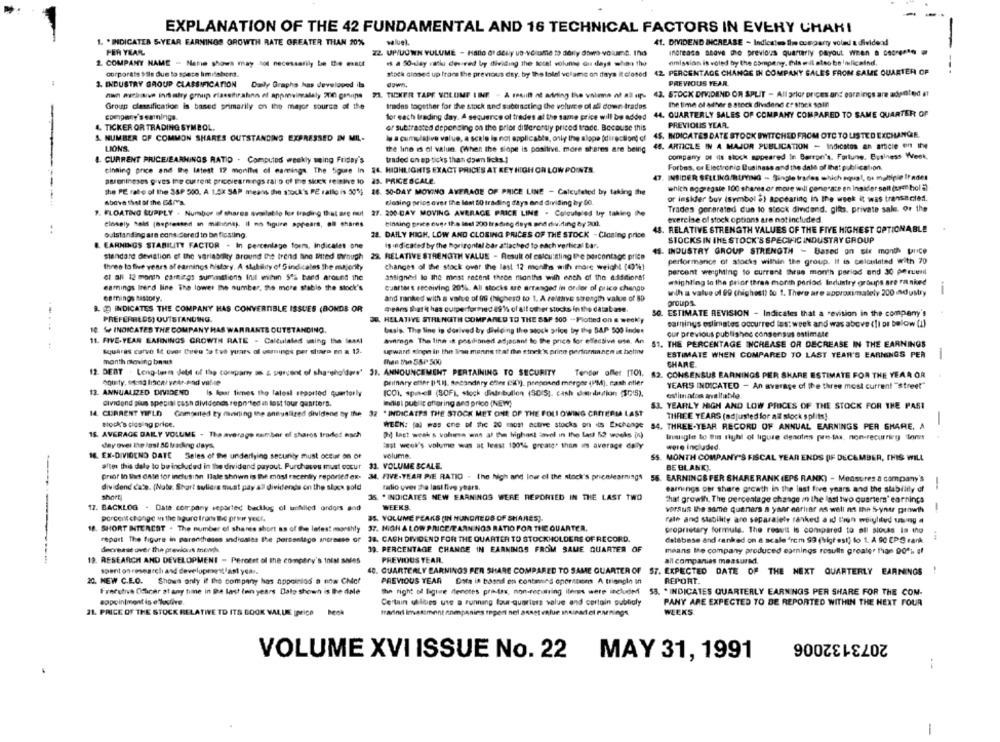
EXPLANATION OF THE 42 FUNDAMENTAL AND 16 TECHNICAL FACTORS IN EVERY CHARI
1. * INDICATES 5-YEAR EARNINGS GROWTH RATE GREATER THAN 20%
saluel.
41. DIVIDEND INCREASE - Indlestem Ilme cumparty vole a dividend
PER YEAR
22. UP/DOWN YULUME - Hallo of delly un volume to dolly Stwo -volume. Ind
Increase above the previous quarterly payout when & coorgeln
2. COMPANY NAME - Name shows may sol necessarily be the exact
es a 50-day ratku des-red by dividing the socat volunte ou days when the
omission is voted by the company. this oil also be 'milicaind.
corporate tils due to space limitsbons.
shota closed up frona the previous day. by the total volume on days iclosed 42 PERCENTAGE CHANGE IN COMPANY SALES FROM SAME QUARTER OF
PREVIOUS YEAR
3. INDUSTRY GROUP CLASSIFICATION Daily Graphs has developed ils
down.
nw wehave innmiry group riasetrafına of anpmwinalaty 200 genuine
21. TICKER TAPE VOLUME IIE - A seuilt af adding the volna of al up-
43. STOCK DIVIDEND ON SPLIT - All arior prices and earnings are adposted at
The time of adher @ stock dividend co stock soin
Group classification is based primarily on the major source of the
trades together for the stock and subtracting the volume of all down-trades
cDenpeny's earnings.
for each trading day. A sequence of trades al the same price will be added
44. QUARTERLY SALES OF COMPANY COMPARED TO SAME QUARTER OF
4. TICKER OR TRADING SYMBOL.
er subtracted depending on the prior differently priced trade. Because this
PREVIOUS YEAR.
45. INDICATES DATE STOCK BWITCHED FROM OTC TO LISTED EXCHANGE.
S. NUMBER OF COMMON SHARES OUTSTANDING EXPRESSED IN MIL-
w a cumulative value, a scale is not applicable, only the alope (directiont of
LIONS.
the line es ol value. (when the slope is posilive. more shares are being
48. ARTICLE IN A MAJOR PUBLICATION - Indicios an article en ine
company of ils slock appeared In Barron's. Fortune, Business Week,
4. CURRENT PRICEJEARNINGS RATIO . CompLied weekly using Friday's
traded on ep ticks than dawn licks 1
eining price and the latest 12 months el camings. The figure in 24. HIGHLIGHTS EXACT PRICES AT REY HIGH OR LOW POINTS.
Forbes, or Electronic Business and the date of the: publication.
47. INSIDER SELLING/BLIVING - Single trarles which equal, or multiple Ifades
aaronineses gives the current propiearnings ral:o of the skek reisthe lo 25. PRICE SCALE.
the PE rate of the 38P 500. A 1.5X SAP means the sxx&'s PE rallo is 50%) 16. 50-DAY MOVING AVERAGE OF PRICE LINE - Calculated by taking the
which aggregate 100 shares or more will generate en insider sell (aym hol a)
Above that of the EA/S.
closing prios over the last 50 trading days and dividing by 50.
or insider bay (symbol $) appearing In the week it was transacted.
". FLOATING SUPPLY . Number of shares avostablo for trading that are mut
27. 200-BAY MOVING AVERAGE PRICE LINE . Colculwled by taking the
Trades generated due to stock dividend. gifts. private sale. or the
einting prite due. the led 200 trading days and dividing by 200.
exercise of stock options are not included.
elnesly Balls (expressed in millione). il no tigure appears, all shares
48. RELATIVE STRENGTH VALUES OF THE FIVE HIGHEST OPTIONABLE
Outstanding are considered in bn floating.
28. DAILY HIGH, LOW AND CLOSING PRICES OF THE STOCK - Closing price
LEARNINGS STABILITY FACTOR - In percentage form, indicales one
is indicated by the horizontal bar attached to each vertical bar.
SIOCKS IN THE STOCK'S SPECIFIC INDUSTRY GROUP
49. INDUSTRY GROUP STRENGTH - Based on six month price
standard deviation of the variasmly around the trend line tired through 29. RELATIVE STRENGTH VALUE - Result of calcu:sling the percentage price
performance of stocks within the group. It is calculated with 70
three to five years of earnings history. A stability of Sindicales the majority
changes of the stock over the last 12 months with more weight ((%)
percent weighting to current thras mon'h period and 30 percent
of all 12 month carizgs summilions Inil wifin Sta band around the
assigned lo the most recent three months with enth of the additionsf
wsighting in the prior three month period Industry groups are ranked
eamings trend line The lower the number, the more stable the stock's
Guarters receiving 20%. All stocks are arranged in order of price chango
osmings history.
and ranked with s value of isi (highest to 1. A relative strength value of BD
with a value of 99 (highest) to 1. There are approximately 200 industry
groups.
B. D) INDICATES THE COMPANY HAS CONVERTIBLE ISSUES (BONDS OR
means that' has cuiperformed 89' of all other stocks in the database.
30. ESTIMATE REVISION - Indicates that a revision in the company's
...
PREFERREDS) OUTSTANDING.
& RELATIVE STRENGTH COMPARED TO THE S&P 500 +Plotted on a weck y
earnings estimates occurred last week and was above (li or below (!)
10. We INDICATES THE COMPANY HAS WARRANTS OUTSTANDING.
basis. The line is derived by dieleing the stock price by the SAP 500 index
our previous publishnc consensus ostimale
11. FIVE-YEAR EARNINGS GROWTH RATE - Calculalad using the lendi
average The linn it posihoned adjacent to the price for effective use. An
51. THE PERCENTAGE INCREASE OR DECREASE IN THE EARNINGS
Squares curvo It over Careu 2a tuo years of ourings per share m a 12.
upward singe in the line manns that the stoek's pring performanen in het
ESTIMATE WHEN COMPARED TO LAST YEAR'S EARNINGS PER
-
month moving basis
than the 55P 500
CHANE.
12. DEBT . Long-term debl of the company as & percent of shareholders' 31. ANNOUNCEMENT PERTAINING TO SECURITY
Tender aller [101. 82. CONSENSUS EARNINGS PER SHARE ESTIMATE FOR THE YEAR OR
Anuity, fond fiscal year-pod value
primary efter [II], secandiary etter (in)). preponnd mneghe (UM). cash offer
YEARS INDICATED - An average of the three most current "street"
13. ANNUALIZED DIVIDEND Is four times the latest reported quarterly
(CO), spatell (SOFI, stock diinballon (5015). cash derbution (3515).
estimados anveltable
dividend plus special cash dividends repn fed in last four Quarters.
willst public offering and price (NEW)
$3. YEARLY HIGH AND LOW PRICES OF THE STOCK FOR THE PAST
14 CURRENT YIELD Gomosted by marting the annualized dividend by the 32 * INDICATES THE STOCK MET ONE OF THE FOLLOWING CRITERIA LAST
THREE YEARS (adjusted for ai slock splits !.
stock's closing price.
WEEK: (a) was one of the 20 most active stocks on its Exchange
-
84. THREE-YEAR RECORD OF ANNUAL EARNINGS PER SHARE. A
18. AVERAGE DAILY VOLUME - The average number el sharos fradet esch
Di last week's volume wns af P highont Sovel in the Last 52 weeks in)
Inmagle to Bin right of ligure denotes pre-tas. non-recurrirg Ions
day over the last 50 trading days,
last week's volume was at least 150% greater than its average daly
were included.
16. EX-DIVIDEND DATE Seles of the underlying security must occur on of
volume.
5. MONTH COMPANY'S FISCAL YEAR ENDS OF DECEMBER, THIS WILL
after this dale lo bu included in the dividend puyout. Purchases must occur 31. VOLUME SCALE.
BE BLANK).
prior In Fact date for inclus:fin Ilale shown is the most recently reported ox- 34. FIVE-YEAR PIE RATIO - the high and low of the stock's prenlearning*
56. EARNINGS PER SHARE RANK (EPS RANK) - Measures a company's
dividend cate. (Nabr. Shart sulle/a must pay &" dividends on the slack pold
radio over the last five years.
earnings per share growth in the last five years and the stability of
-
short
35. * INDICATES NEW EARNINGS WERE REPORTED IN THE LAST TWO
that growth, The percentage change in the last two quarters" earnings
17. BACKLOG . Date company separted backlog ol trfiled orders and
WEEKS.
voraus the same quaners a yaar efrisar as well as Ihn S-ynur growth
porcent change in the agure from Be pro yecr.
35. VOLUME PEAKS (IN HUNDREDS OF SHARES).
rate and stability are separalelr ranked a Id t'en weiglited using #
18. SHORT INTEREST . The number of shares short as of the latest monthly 37. HIGH & LOW PRICE/EARNINGS RATIO FOR THE QUARTER.
proprietary formule. The result is compared to all stocks In the
report The figure in parentheses indicates the percentage anormese of 38. CASH DIVIDEND FOR THE QUARTER TO STOCKHOLDERS OF RECORD.
Celabase and ranked on a scale "rom 99 (krigfest] lo 1. A 90 CPS rank
decrease over the previous mewh.
39. PERCENTAGE CHANGE IN EARNINGS FROM SAME QUARTER OF
means the company produced earnings results greater fran 90% of
19. RESEARCH AND DEVELOPMENT - Perotet ol the company's total sales
PREVIOUS YEAR.
all companies measured.
spent on research and developmentlast year.
40. QUARTERLY EARNINGS PER SHARE COMPARED TO SAME QUARTER OF
ST. EXPECTED DATE OF THE NEXT QUARTERLY EARNINGS
20. NEW C.E.O.
Shows only if the company has appoinlod a now Chef
PREVIOUS YEAR
Date in baand on contines operitions A triangle in
REPORT.
Frecutive Ochcer at any time in De last Inn years Data showh is Ire dale
the right of figure denotes printes, non-recurring items were included
58. * INDICATES QUARTERLY EARNINGS PER SHARE FOR THE COM-
appointment is elloulive.
Certain uhlees use a running tour-quarters value and certain publicly
PANY ARE EXPECTED TO BE REPORTED WITHIN THE NEXT FOUR
11. PRICE OF THE STOCK RELATIVE TO ITS BOOK VALUE [price beck
trarind Investment nompanins repent net asset value insinadel earnings
WEEKS
2073132006
VOLUME XVI ISSUE No. 22 MAY 31, 1991
-